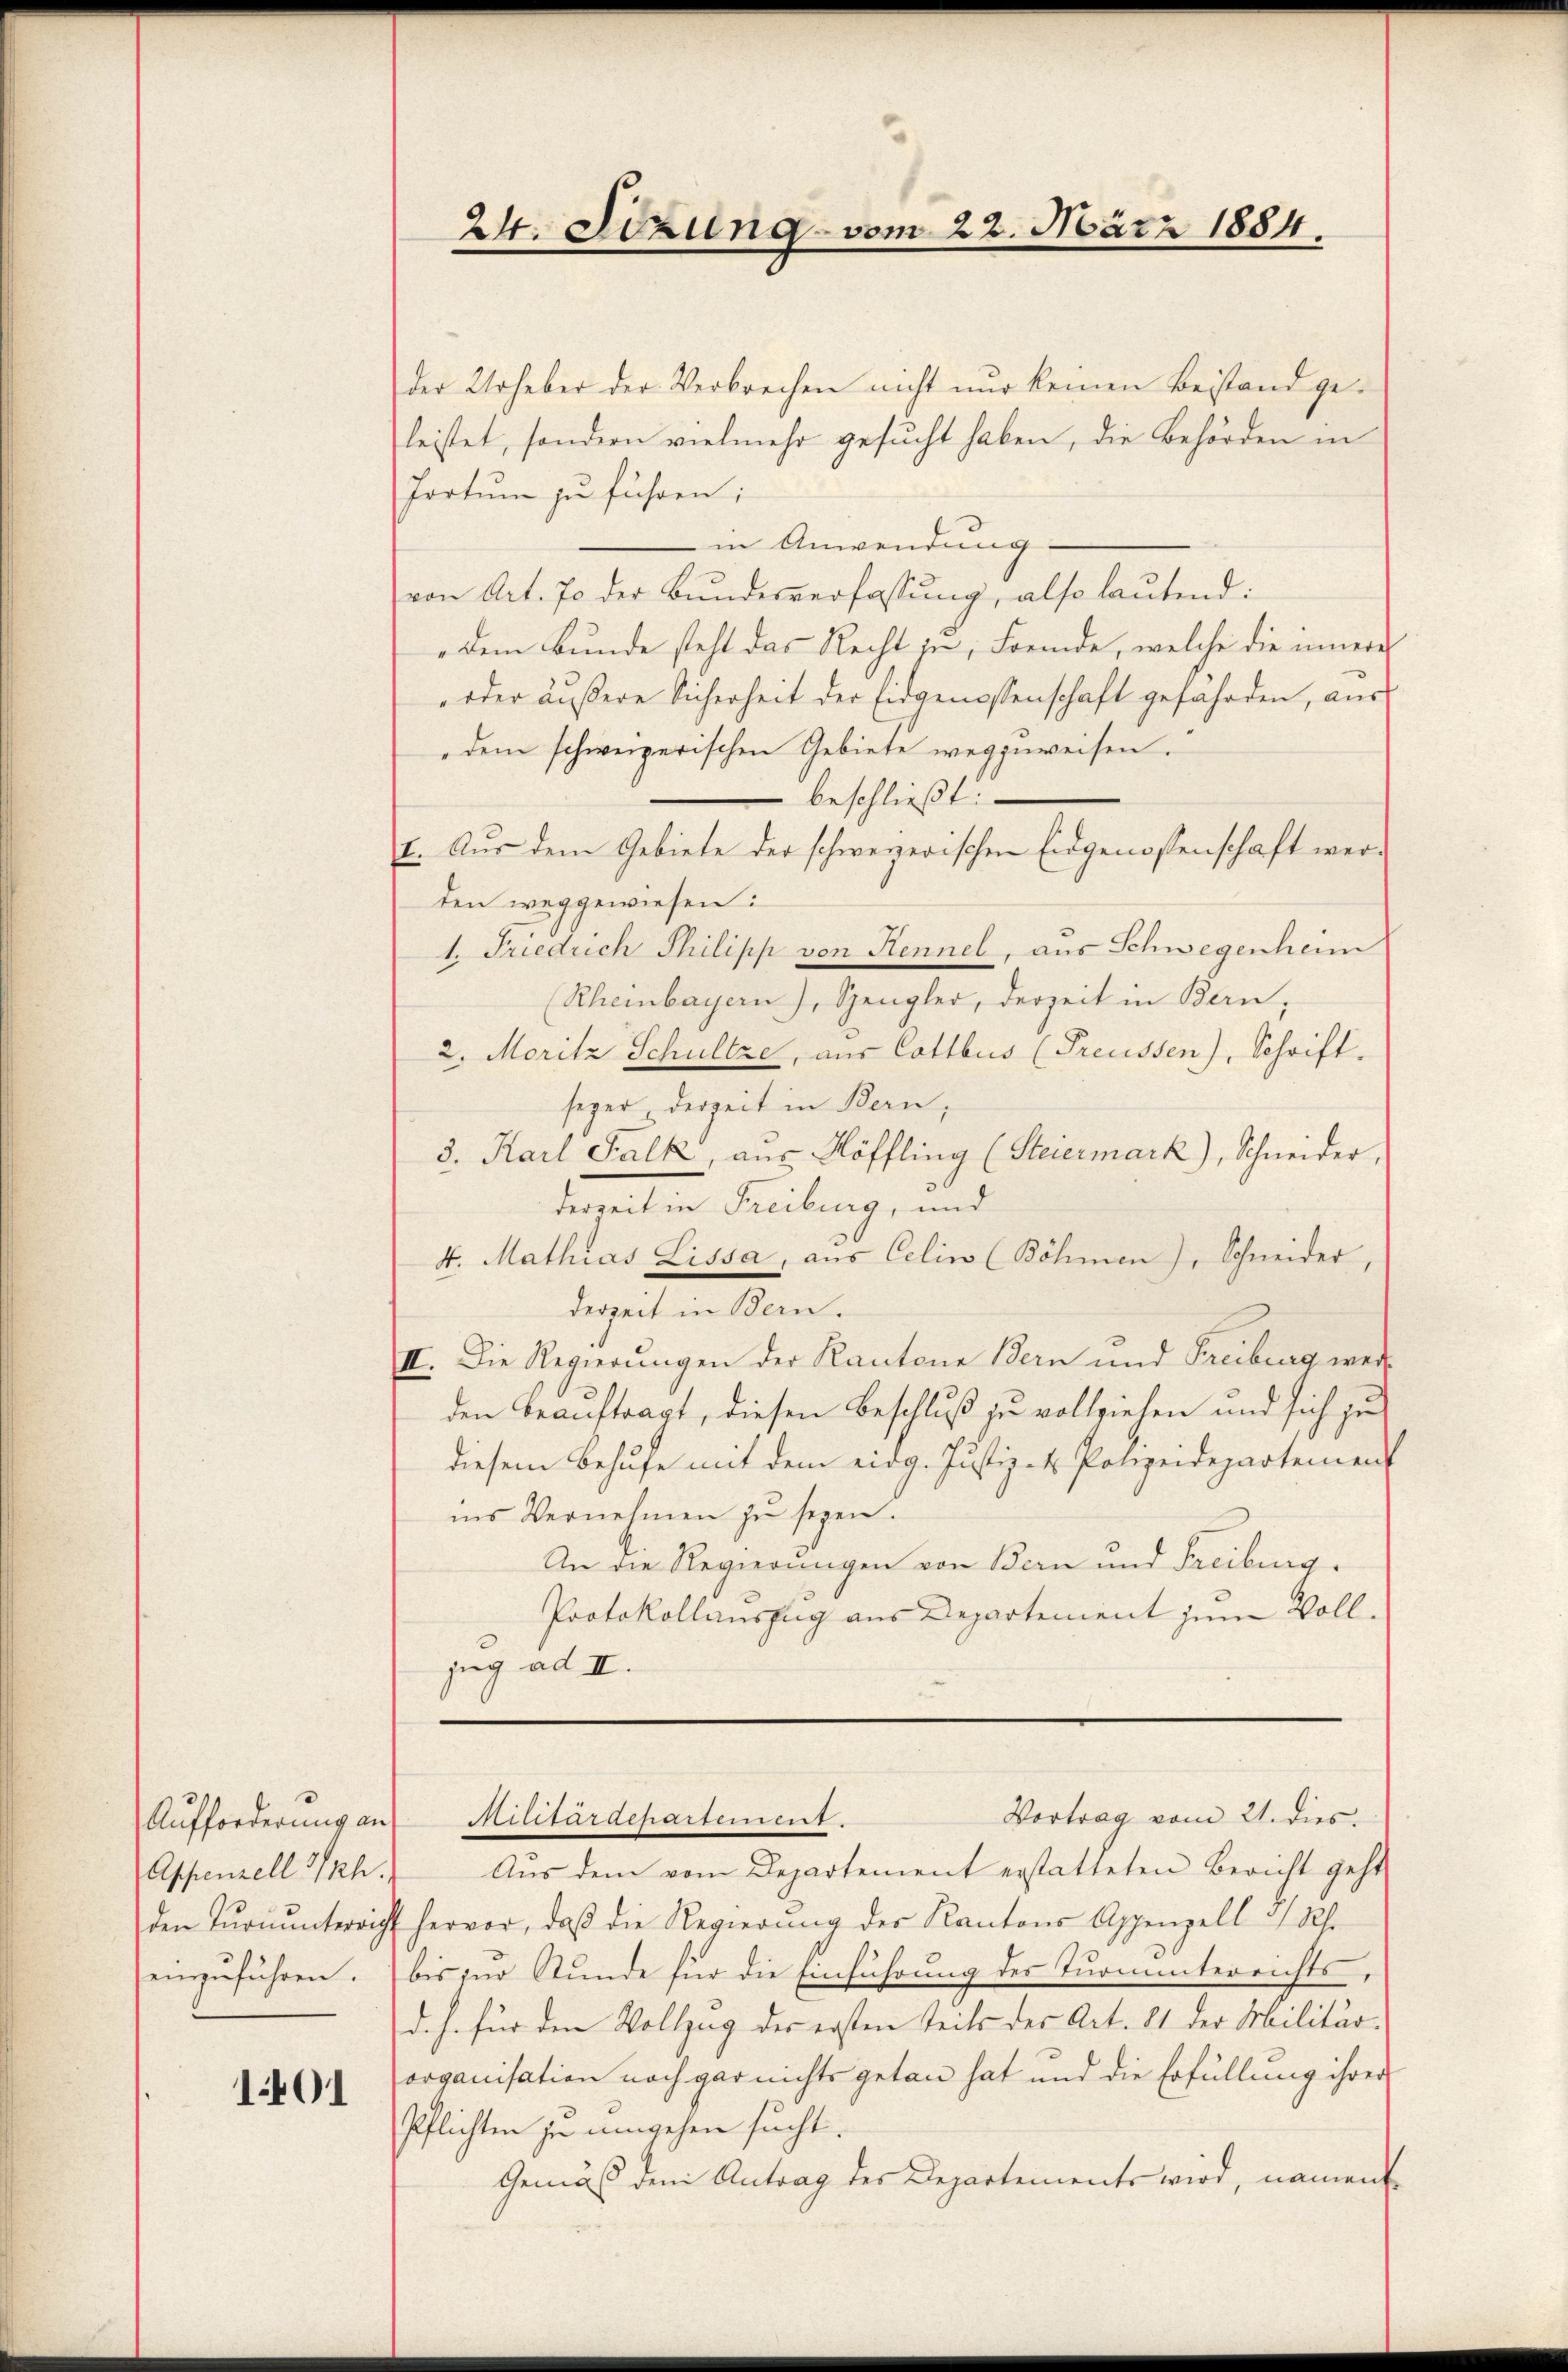
Aufforderung an
Appenzell Iph.
den Tŭrnŭnterricht

1401

24. Sizung vom 22. März 1884.

der Urheber der Verbrechen nicht nur keinen Bestand geleistet, sondern vielmehr gesucht haben, die Behörden in
Portum zu führen;
in Anwendung
von Art. 70 der Bundesverfassung, also lautend:
dem Bunde steht das Recht in Fremde, welche die innere
-oder äussere Sicherheit der Eidgenossenschaft gefährden, aus
dem schweizerischen Gebiete wegzuweisen.
beschließt:
E. Aus dem Gebiete der schweizerischen Eidgenossenschaft werden weggewiesen:
1. Friedrich Philipp von Kennel, aus Schwegenheim
Rheinbayern), Spengler, derzeit in Bern,
2. Moritz Schultze, aus Cottbus (Freussen), Schrift.
seger derzeit in Bern,
5. Karl Falk, aus Köffling (Steiermark), Schneider,
derzeit in Freiburg, und
4. Mathias Lissa, aŭs Celin (Böhmen), Schneider,
derzeit in Bern.
II. Die Regierungen der Kantone Bern und Freiburg werden beauftragt, diesen Beschluß zu vollziehen und sich zu
diesem Behufe mit dem eidg. Justiz- & Polizeidepartement
ins Vernehmen zu seyen.
An die Regierungen von Bern und Freiburg.
Protokollauszug aus Departement zum Vollzug ad II.

Vortrag vom 21. dies
dicituracharten

Aŭs dem vom Departement erstatteten Bericht geht
hervor, daß die Regierung der Kantons Appenzell 3 Uhr
einzuführen. bis zur Stunde für die Einführung der Turninterrichts,
d. h. für den Vollzug der ersten teils des Art. 81 der Militär-
organisation noch gar nichts getan hat und die Erfüllung ihrer
Pflichten zu umgehen sucht.
Gemäß dem Antrag des Departements wird, nament¬